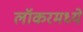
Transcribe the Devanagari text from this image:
लॉकरमध्ये